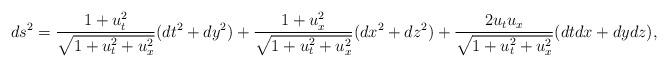
LaTeX: \begin{align*}ds^2=\frac{1+u_t^2}{\sqrt{1+u_t^2+u_x^2}}(dt^2+dy^2)+\frac{1+u_x^2}{\sqrt{1+u_t^2+u_x^2}}(dx^2+dz^2)+\frac{2u_tu_x}{\sqrt{1+u_t^2+u_x^2}}(dtdx+dydz),\end{align*}